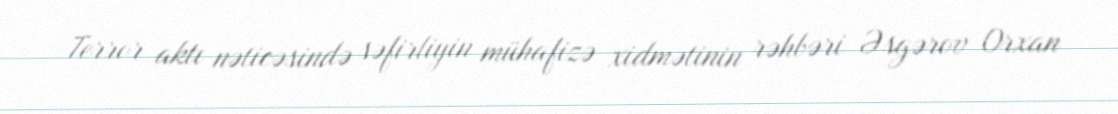
Terror aktı nəticəsində səfirliyin mühafizə xidmətinin rəhbəri Əsgərov Orxan